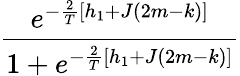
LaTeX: \frac{e^{-\frac{2}{T}[h_{1}+J(2m-k)]}}{1+e^{-\frac{2}{T}[h_{1}+J(2m-k)]}}